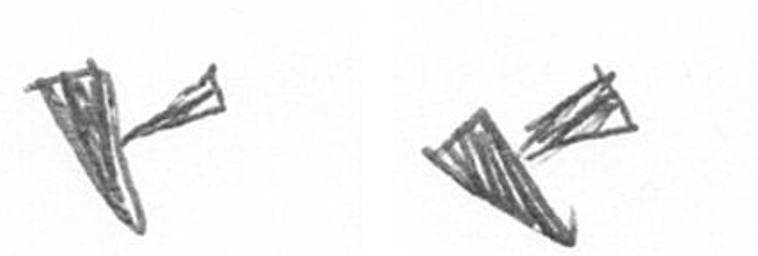
F F